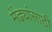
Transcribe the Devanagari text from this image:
मेंढ्यांसाठी